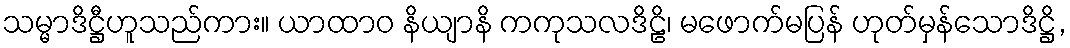
သမ္မာဒိဋ္ဌီဟူသည်ကား။ ယာထာဝ နိယျာနိ ကကုသလဒိဠိ၊ မဖောက်မပြန် ဟုတ်မှန်သောဒိဋ္ဌိ,